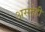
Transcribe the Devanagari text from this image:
असतेही